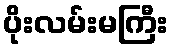
ပိုးလမ်းမကြီး